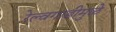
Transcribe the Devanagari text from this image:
रेल्वगाडीमुळे